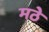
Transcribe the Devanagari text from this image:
मठे